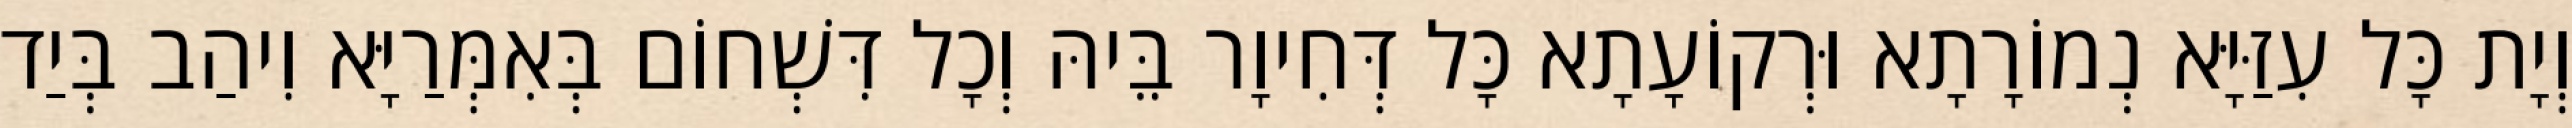
וְיָת כָּל עִזַּיָּא נְמוֹרָתָא וּרְקוֹעָתָא כָּל דְּחִיוָר בֵּיהּ וְכָל דִּשְׁחוֹם בְּאִמְּרַיָּא וִיהַב בְּיַד